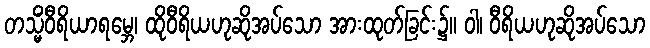
တသ္မိံဝီရိယာရမ္ဘေ၊ ထိုဝီရိယဟုဆိုအပ်သော အားထုတ်ခြင်း၌။ ဝါ၊ ဝီရိယဟုဆိုအပ်သော